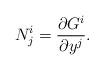
LaTeX: \begin{align*}N_{j}^{i}=\frac{\partial G^{i}}{\partial y^{j}}.\end{align*}